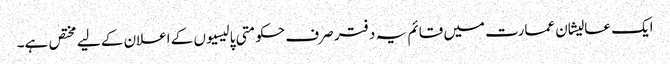
ایک عالیشان عمارت میں قائم یہ دفتر صرف حکومتی پالیسیوں کے اعلان کے لیے مختص ہے۔